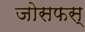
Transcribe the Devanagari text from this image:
जोसफस्